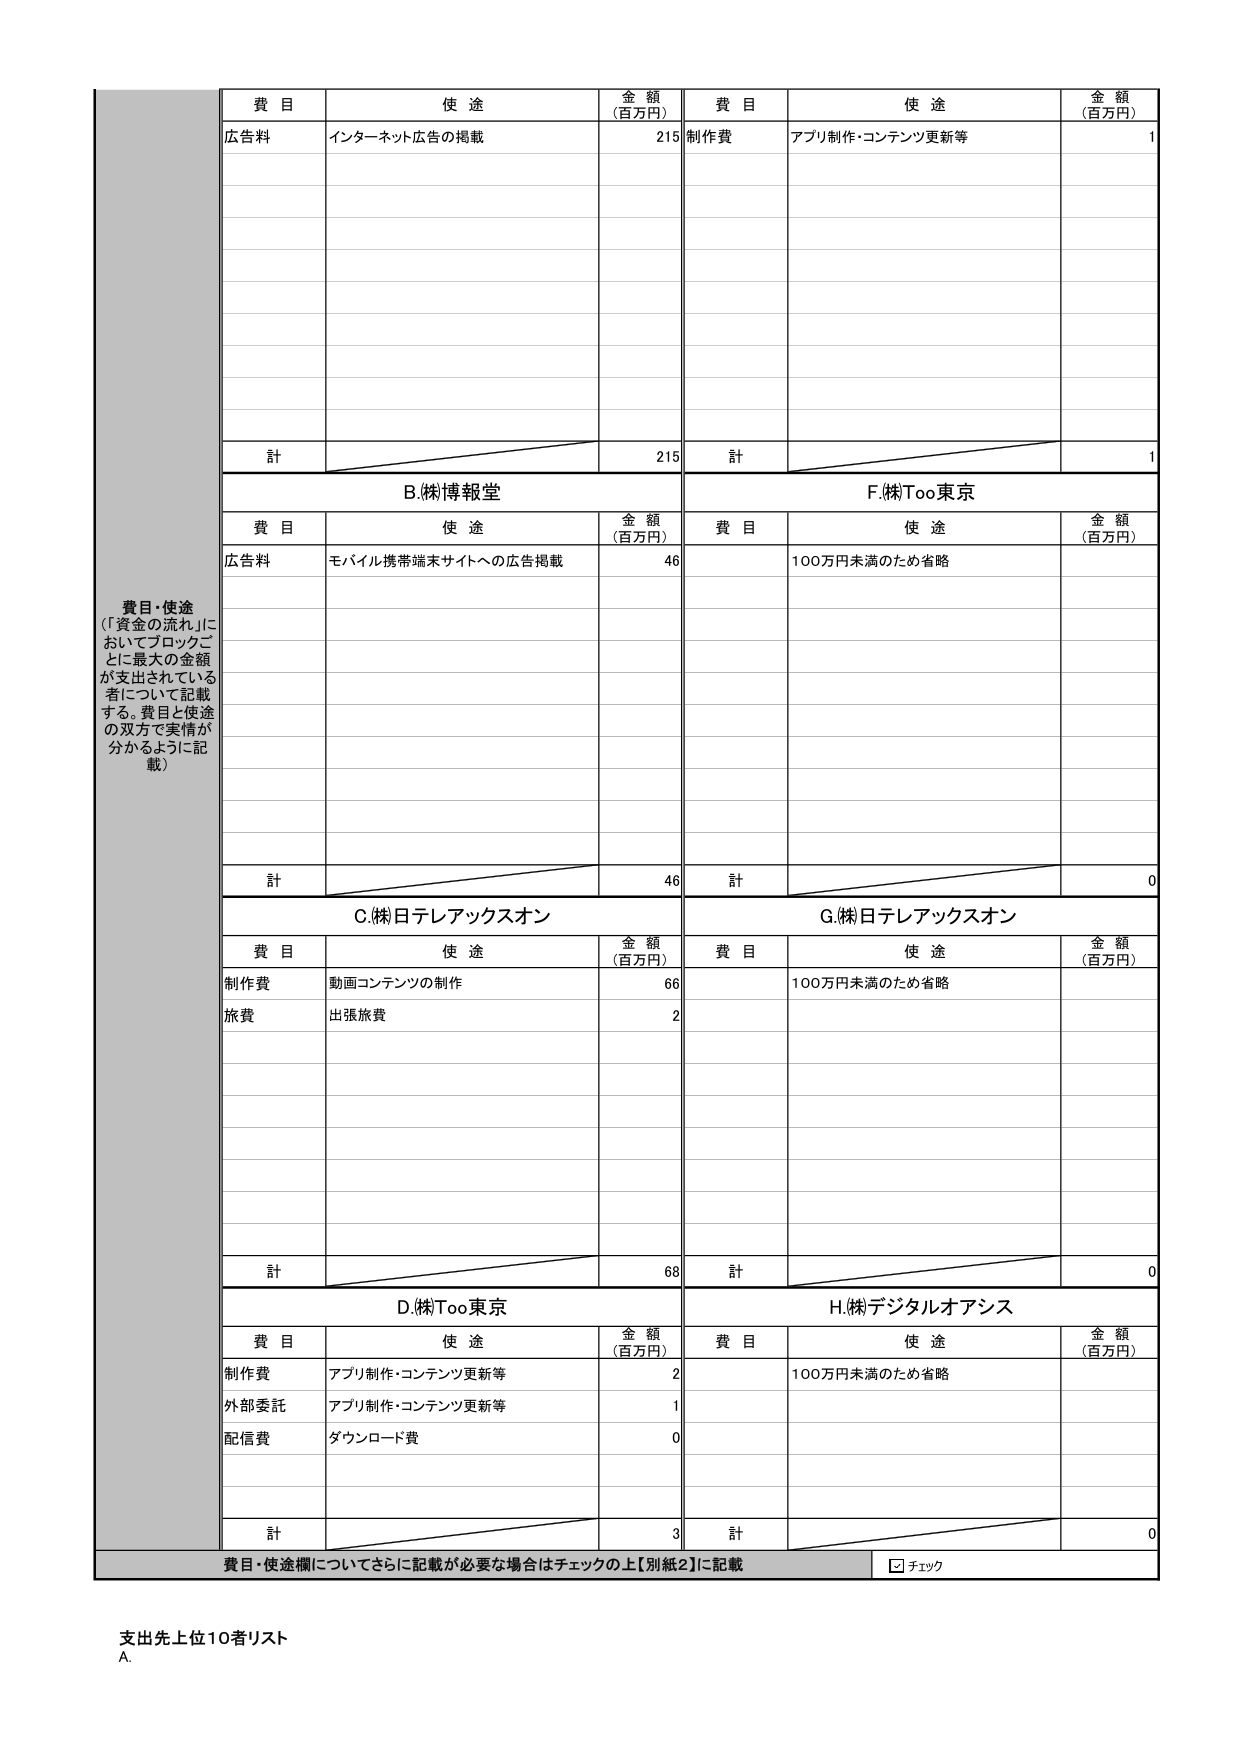
費目・使途
（「資金の流れ」においてブロックごとに最大の金額が支出されている者について記載する。費目と使途の双方で実情が分かるように記載）

費目　使途　金額（百万円）　費目　使途　金額（百万円）
広告料　インターネット広告の掲載　215　制作費　アプリ制作・コンテンツ更新等　1
計　215　計　1

B.（株）博報堂
費目　使途　金額（百万円）　費目　使途　金額（百万円）
広告料　モバイル携帯端末サイトへの広告掲載　46　100万円未満のため省略
計　46　計　0

C.（株）日テレアックスオン
費目　使途　金額（百万円）　費目　使途　金額（百万円）
制作費　動画コンテンツの制作　66　100万円未満のため省略
旅費　出張旅費　2
計　68　計　0

D.（株）Too東京
費目　使途　金額（百万円）　費目　使途　金額（百万円）
制作費　アプリ制作・コンテンツ更新等　2　100万円未満のため省略
外部委託　アプリ制作・コンテンツ更新等　1
配信費　ダウンロード費　0
計　3　計　0

F.（株）Too東京
G.（株）日テレアックスオン
H.（株）デジタルオアシス

費目・使途欄についてさらに記載が必要な場合はチェックの上【別紙2】に記載　☑ チェック

支出先上位10者リスト
A.